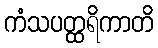
ကံသပတ္ထရိကာတိ